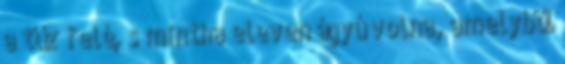
a tűz felé, s mintha eleven ágyú volna, amelyből